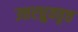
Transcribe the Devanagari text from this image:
उत्तरध्रुववृत्त